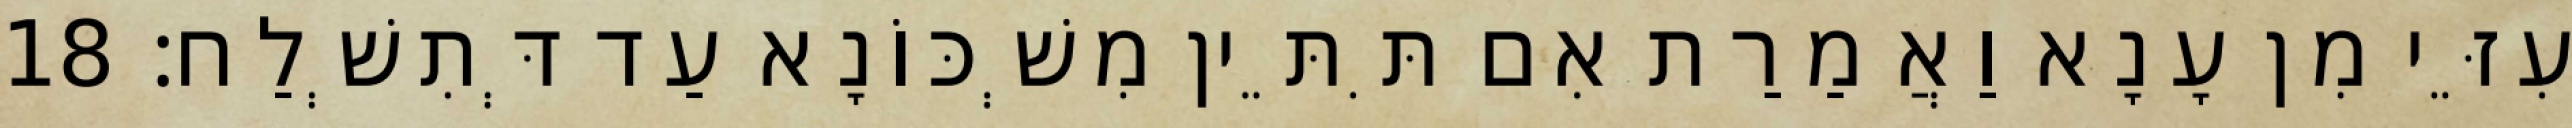
עִזֵּי מִן עָנָא וַאֲמַרַת אִם תִּתֵּין מִשְׁכּוֹנָא עַד דְּתִשְׁלַח׃ 18